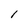
Character: l